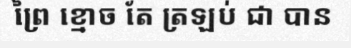
ព្រៃ ខ្មោច តែ ត្រឡប់ ជា បាន